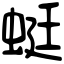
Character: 蜓